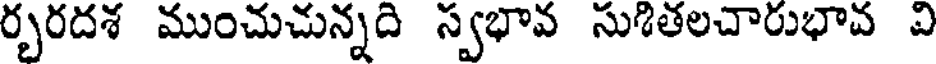
ర్భరదశ ముంచుచున్నది స్వభావ సుశితలచారుభావ వి